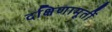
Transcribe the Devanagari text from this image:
दक्षिणामूर्ती